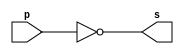
// ---------------------
// Guia 02_01 
// Nome: Thaise Souto Martins
// ---------------------


// ---------------------
// -- nand gate 
// ---------------------

module nandgate (s, p);
 output s;
 input  p;

 assign s = ~(p & p);

endmodule // nandgate


// ---------------------
// -- not gate with nand
// ---------------------

module notgate (s0, p);
 output s0;
 input  p;
 
 nandgate NAND1(s0,p);

 
endmodule // notgate


// --------------------------
// -- test not gate with nand
// --------------------------

module testnotgate;
 reg   a;             
 wire  s;
          // instancia
 notgate NOT1 (s, a);

 initial begin:start
      a=0; 
 end

          // parte principal
 initial begin:main
      $display("Guia 02_03 - Thaise Souto Martins - 395504");
      $display("Test NOT gate");
      $display("\n~a = s\n");
      $monitor("~%b = %b", a, s);
  #1  a=1; 
  
 end

endmodule // testnotgate